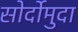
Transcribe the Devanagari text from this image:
सोर्दोमुदा